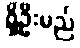
ရှိဦးမည်